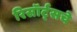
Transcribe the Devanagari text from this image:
रिसॉर्ट्सचे